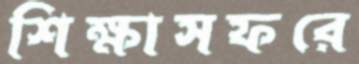
শিক্ষাসফরে